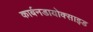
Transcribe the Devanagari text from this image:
कार्बनडायोक्साइड